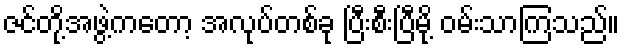
ဇင်တို့အဖွဲ့ကတော့ အလုပ်တစ်ခု ပြီးစီးပြီမို့ ဝမ်းသာကြသည်။